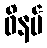
ဖိနပ်